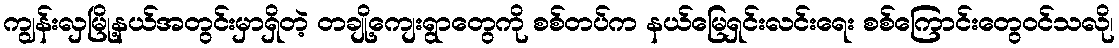
ကျွန်းလှမြို့နယ်အတွင်းမှာရှိတဲ့ တချို့ကျေးရွာတွေကို စစ်တပ်က နယ်မြေရှင်းလင်းရေး စစ်ကြောင်းတွေဝင်သလို၊